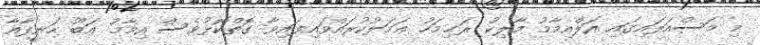
މި މަސްއަލައިގައި އަލްއިމާމު މާލިކު ރަޙިމަހު ޢަމަލުކުރައްވައިފައިވާ ގޮތްކޮޅުވެސް އިމާމު އަބޫ ޙަނީފާއާ